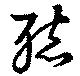
聴